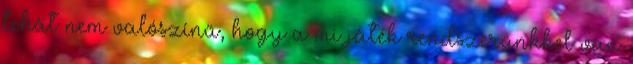
tehát nem valószínű, hogy a mi játék rendszerünkkel van